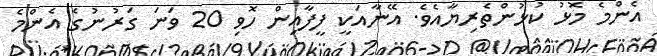
އެންމެ މޮޅު ކުޅުންތެރިޔާއެވެ. އޭނާއަކީ ފީފާއިން ހޮވި 20 ވަނަ ގަރުނުގެ އެންމެ